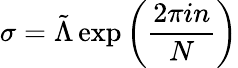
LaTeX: \sigma=\tilde{\Lambda}\exp\left(\frac{2\pi in}{N}\right)